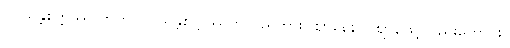
ဝူပသန္တစိတ္တဿာတတိ၊ ဝူပသန္တစိတ္တဿဟူသည်ကား။ ဈာနေနဝါ ဈာန်ဖြင့်လည်းကောင်း။